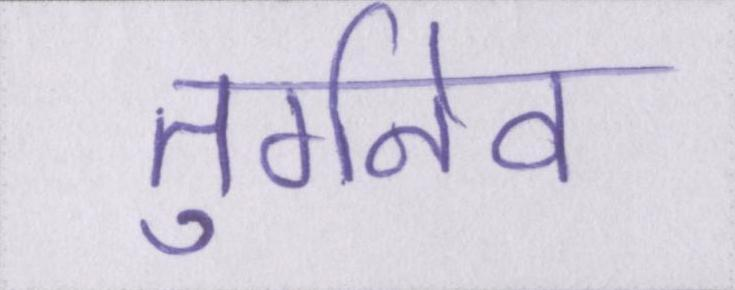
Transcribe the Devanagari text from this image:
तुर्गनेव